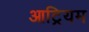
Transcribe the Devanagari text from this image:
आट्रियम